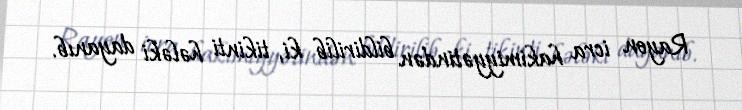
Rayon icra hakimiyyətindən bildirilib ki, tikinti hələki dayanıb.